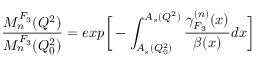
\frac { M _ { n } ^ { F _ { 3 } } ( Q ^ { 2 } ) } { M _ { n } ^ { F _ { 3 } } ( Q _ { 0 } ^ { 2 } ) } = e x p \bigg [ - \int _ { A _ { s } ( Q _ { 0 } ^ { 2 } ) } ^ { A _ { s } ( Q ^ { 2 } ) } \frac { \gamma _ { F _ { 3 } } ^ { ( n ) } ( x ) } { \beta ( x ) } d x \bigg ]